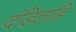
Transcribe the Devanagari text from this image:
दंडिताहि